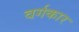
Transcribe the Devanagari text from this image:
वर्गकार